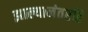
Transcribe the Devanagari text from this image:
झाल्यानंतरहि